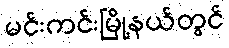
မင်းကင်းမြို့နယ်တွင်